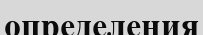
определения